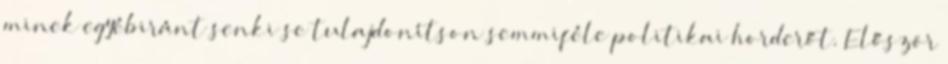
minek egyébiránt senki se tulajdonítson semmiféle politikai horderőt. Először